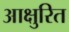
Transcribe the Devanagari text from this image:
आक्षुरित